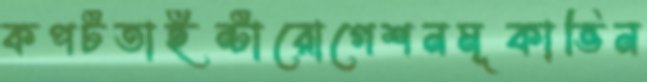
কপটতাইন্টারোগেশনমূকাভিন